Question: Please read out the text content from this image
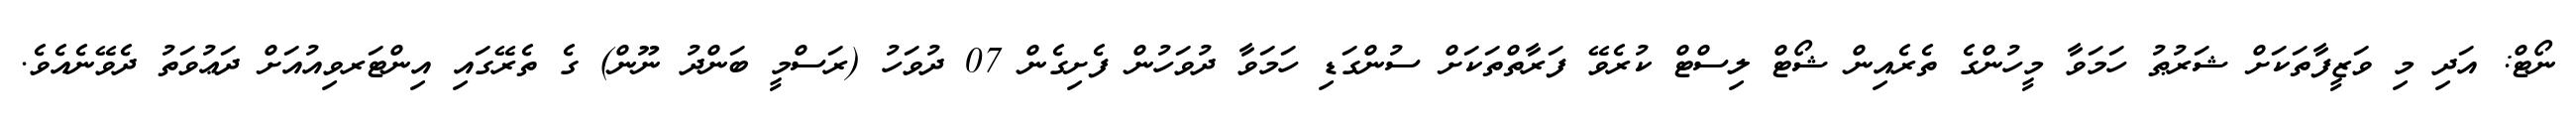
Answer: ނޯޓް: އަދި މި ވަޒީފާތަކަށް ޝަރުޠު ހަމަވާ މީހުންގެ ތެރެއިން ޝޯޓް ލިސްޓް ކުރެވޭ ފަރާތްތަކަށް ސުންގަޑި ހަމަވާ ދުވަހުން ފެށިގެން 07 ދުވަހު (ރަސްމީ ބަންދު ނޫން) ގެ ތެރޭގައި އިންޓަރވިއުއަށް ދަޢުވަތު ދެވޭނެއެވެ.